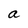
Character: a